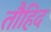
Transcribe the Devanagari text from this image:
तौहिद